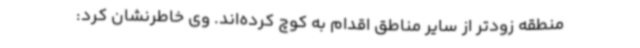
منطقه زودتر از سایر مناطق اقدام به کوچ کرده‌اند. وی خاطرنشان کرد: